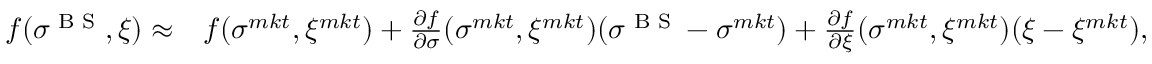
\begin{array} { r l } { f ( \sigma ^ { \textrm { B S } } , \xi ) \approx } & { f ( \sigma ^ { m k t } , \xi ^ { m k t } ) + \frac { \partial f } { \partial \sigma } ( \sigma ^ { m k t } , \xi ^ { m k t } ) ( \sigma ^ { \textrm { B S } } - \sigma ^ { m k t } ) + \frac { \partial f } { \partial \xi } ( \sigma ^ { m k t } , \xi ^ { m k t } ) ( \xi - \xi ^ { m k t } ) , } \end{array}